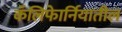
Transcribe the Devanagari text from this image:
कॅलिफाेर्नियातील